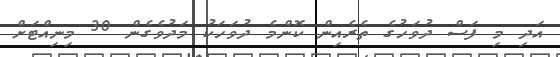
އަދި މި ފަސް ދުވަހުގެ ތެރެއިން ކޮންމެ ދުވަހަކު މަދުވެގެން 30 މިނިއްޓަށް